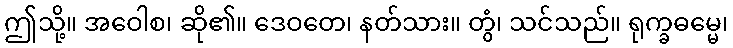
ဤသို့။ အဝေါစ၊ ဆို၏။ ဒေဝတေ၊ နတ်သား။ တွံ၊ သင်သည်။ ရုက္ခဓမ္မေ၊